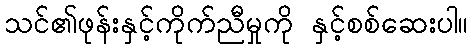
သင်၏ဖုန်းနှင့်ကိုက်ညီမှုကို နှင့်စစ်ဆေးပါ။